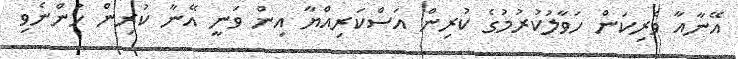
އޭނާއާ ވެރިކަން ހަވާލުކުރުމުގެ ކުރިން އަސްކަރިއްޔާ އިން ވަނީ އޭނާ ކުރިން ހުންނެވި